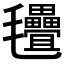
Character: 𣱃